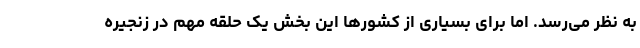
به نظر می‌رسد. اما برای بسیاری از کشورها این بخش یک حلقه مهم در زنجیره